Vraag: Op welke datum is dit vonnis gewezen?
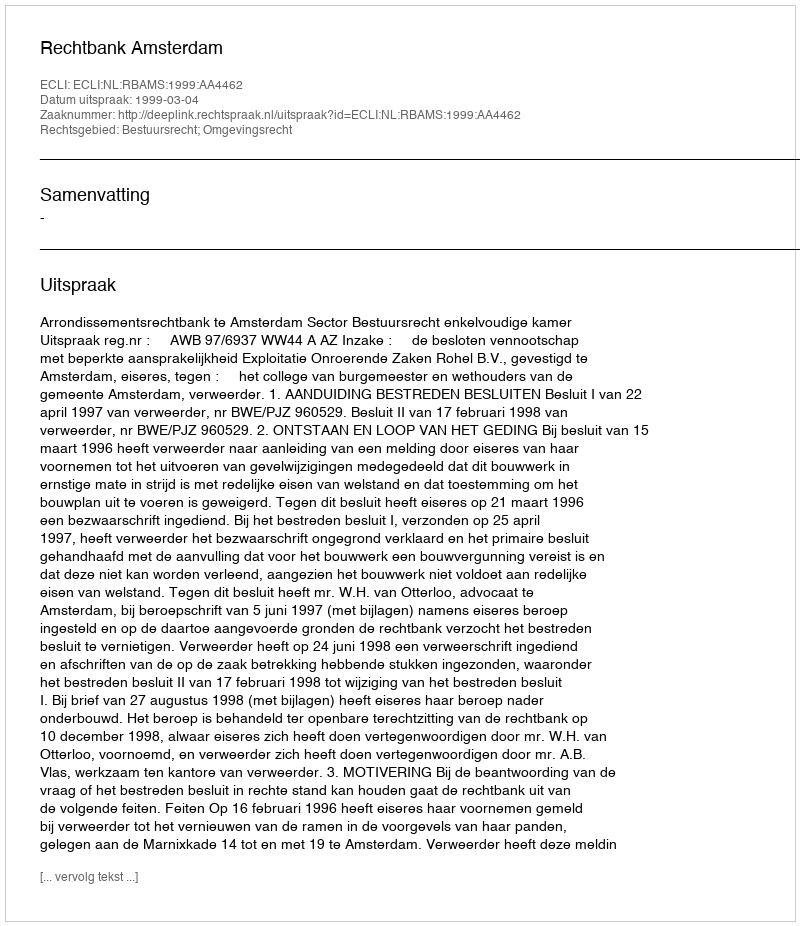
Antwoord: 1999-03-04